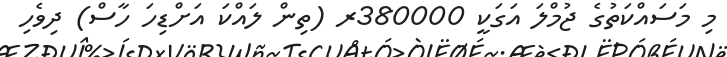
މި މަސައްކަތުގެ ޖުމްލަ އަގަކީ 380000ރ (ތިން ލައްކަ އަށްޑިހަ ހާސް) ދިވެހި